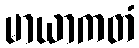
မာယာကတံ